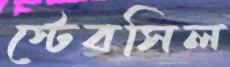
স্টেবসিল